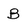
Character: B